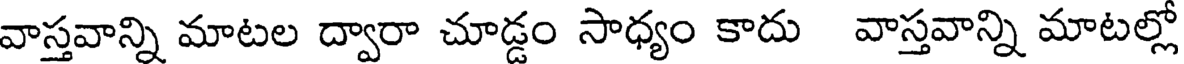
వాస్తవాన్ని మాటల ద్వారా చూడ్డం సాధ్యం కాదు వాస్తవాన్ని మాటల్లో